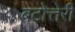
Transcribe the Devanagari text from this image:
बटोत्तेरी